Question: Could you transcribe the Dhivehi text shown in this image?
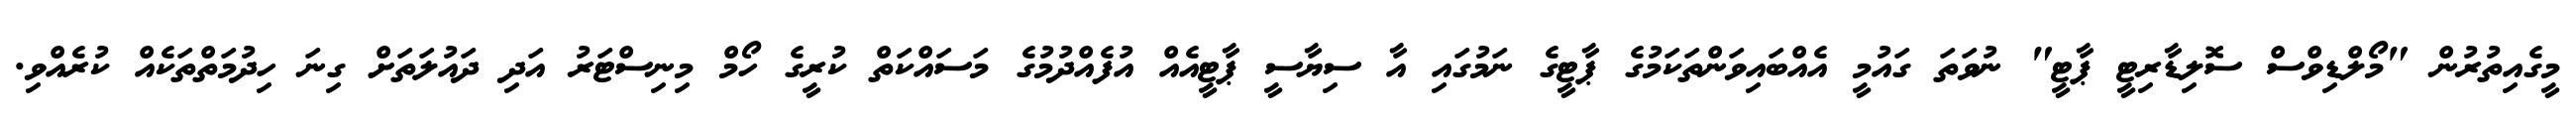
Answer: މީގެއިތުރުން "މޯލްޑިވްސް ސޮލިޑާރިޓީ ޕާޓީ" ނުވަތަ ގައުމީ އެއްބައިވަންތަކަމުގެ ޕާޓީގެ ނަމުގައި އާ ސިޔާސީ ޕާޓީއެއް އުފެއްދުމުގެ މަސައްކަތް ކުރީގެ ހޯމް މިނިސްޓަރު އަދި ދައުލަތަށް ގިނަ ހިދުމަތްތަކެއް ކުރެއްވި.